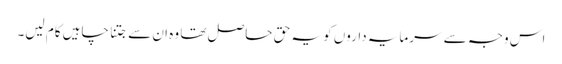
اس وجہ سے سرمایہ داروں کو یہ حق حاصل تھا وہ ان سے جتنا چاہیں کام لیں۔